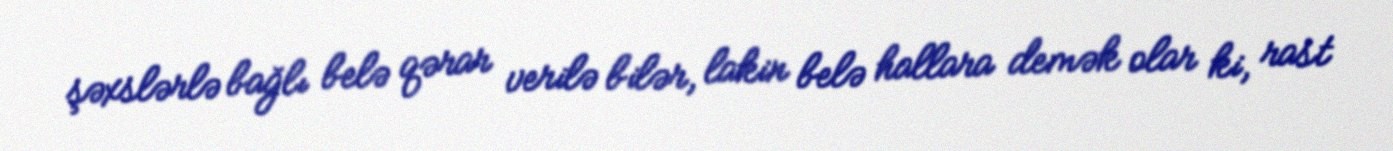
şəxslərlə bağlı belə qərar verilə bilər, lakin belə hallara demək olar ki, rast